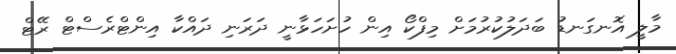
މާލީ އޮނގަނޑު ބަދަލުކުރުމަށް މިފްކޯ އިން ހުށަހަޅާނީ ދަރަނި ދައްކާ އިންޓްރެސްޓް ރޭޓް